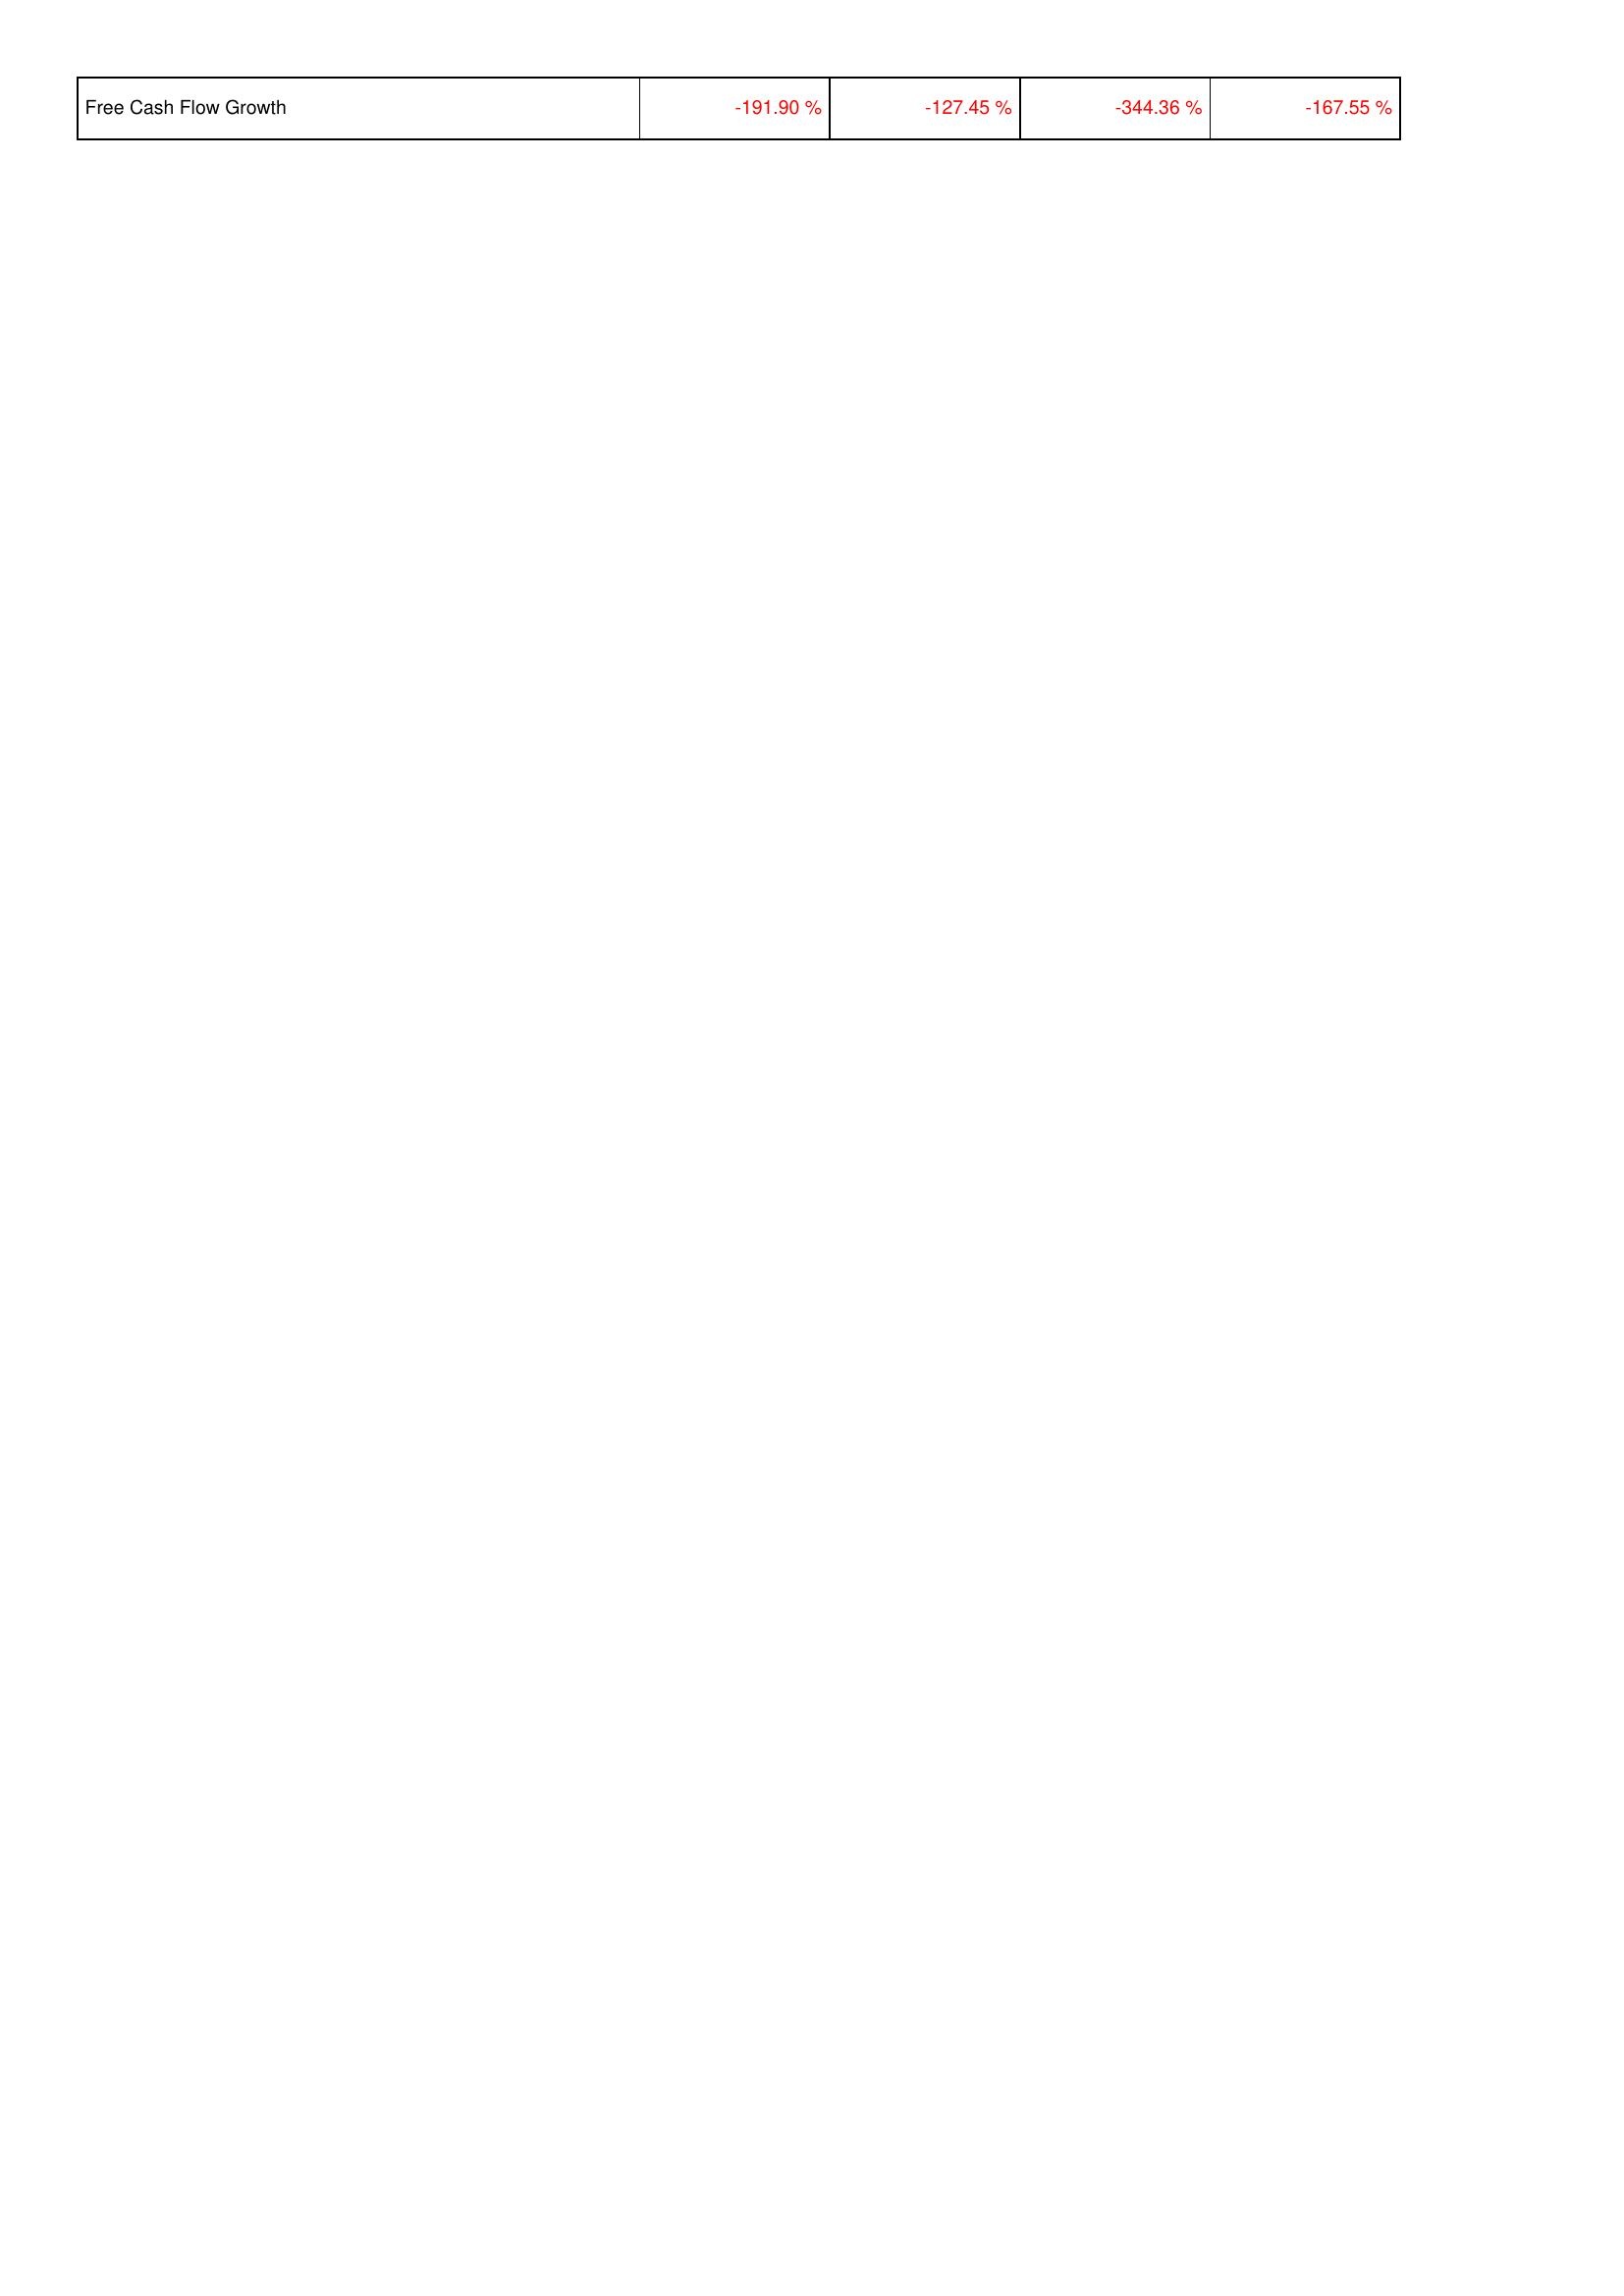
2009: Financing Activities: Free Cash Flow Growth: -191.90 %
2008: Financing Activities: Free Cash Flow Growth: -127.45 %
2007: Financing Activities: Free Cash Flow Growth: -344.36 %
2006: Financing Activities: Free Cash Flow Growth: -167.55 %